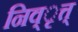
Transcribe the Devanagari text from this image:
निव्ृत्त्